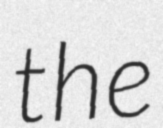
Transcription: the